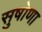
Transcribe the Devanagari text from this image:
सुषोणा